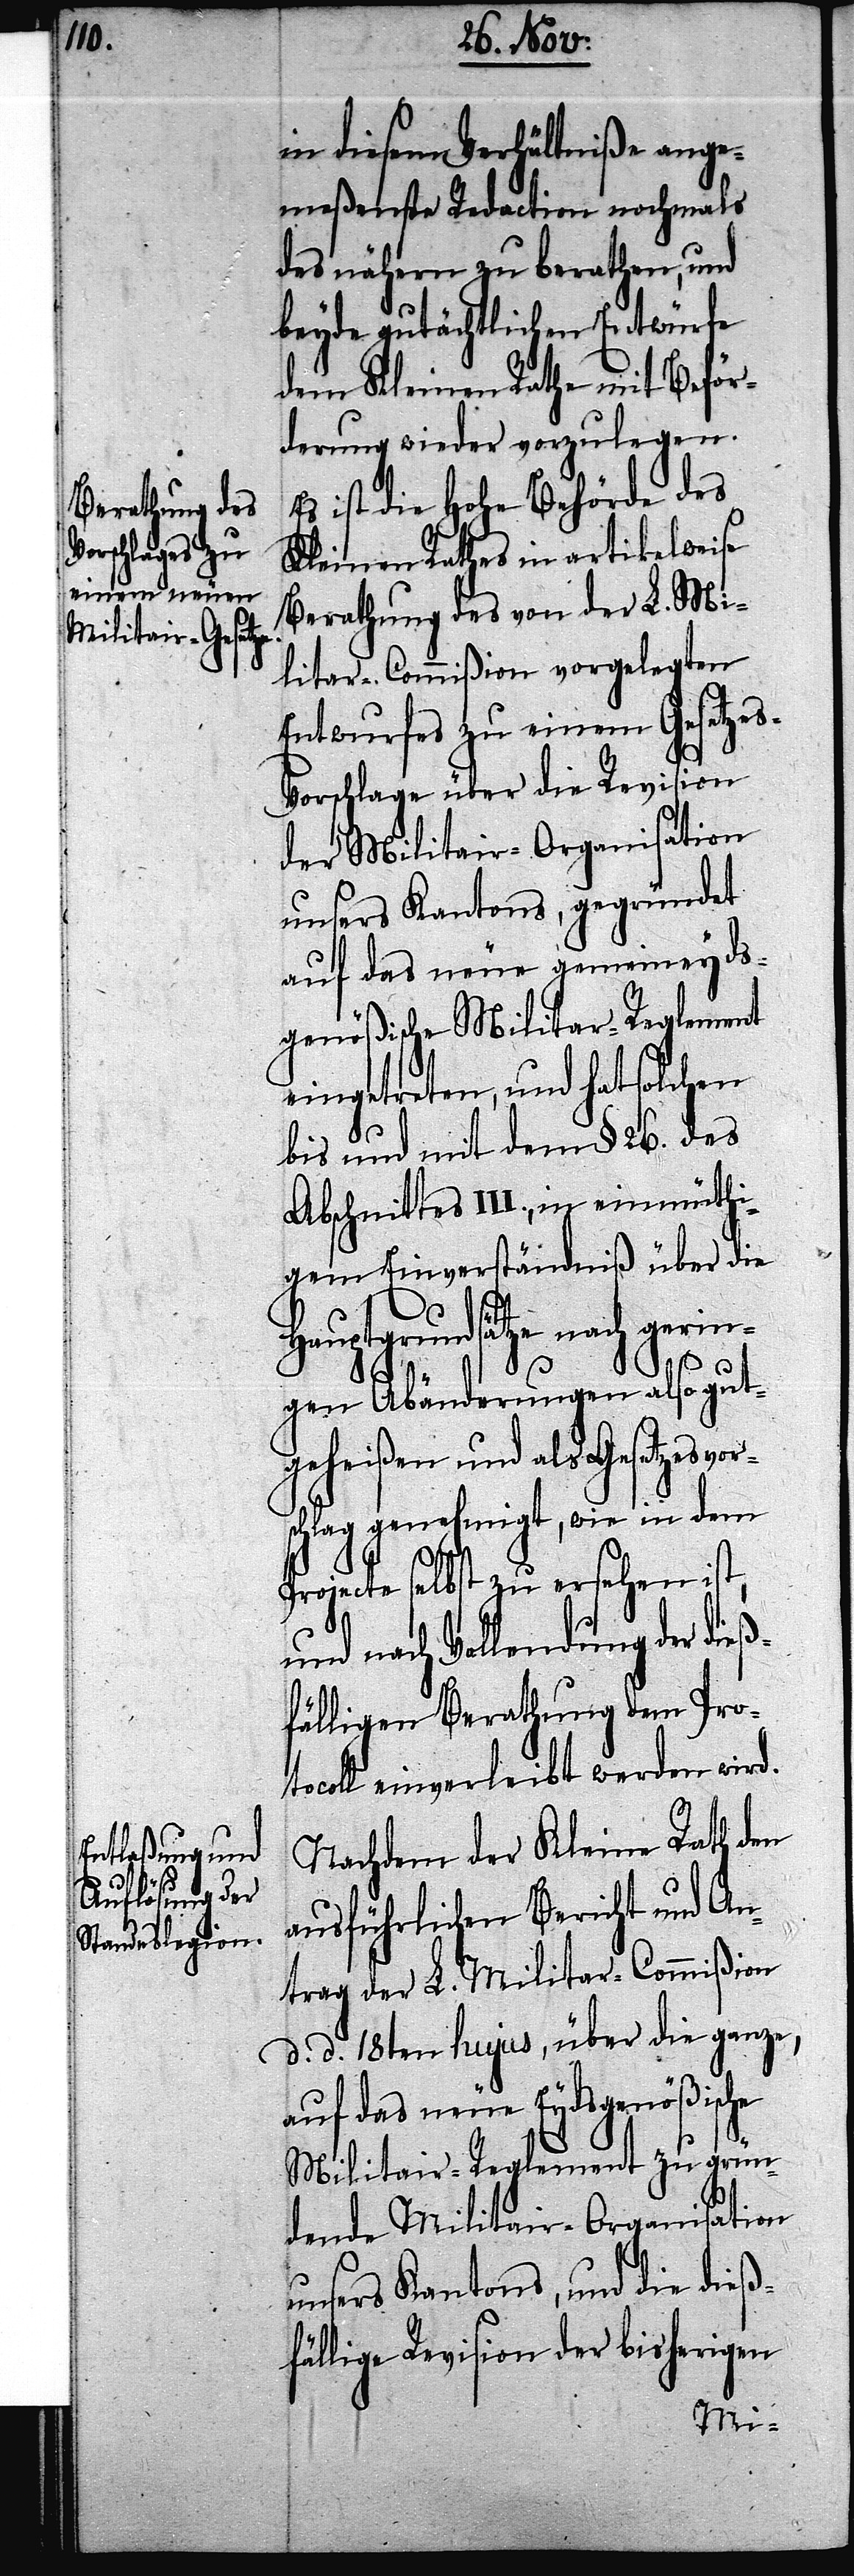
in diesem Verhältniße ange¬
meßenste Redaction nochmals
des nähern zu berathen, und
beyde gutächtlichen Entwürfe
dem Kleinen Rathe mit Beför¬
derung wieder vorzulegen.
Es ist die Hohe Behörde des
Kleinen Rathes in artikelweise
Berathung des von der L. Mi¬
litair-Commißion vorgelegten
Entwurfes zu einem Gesetze¬
orschlage über die Revision
der Militair-Organisation
unsers Kantons, gegründet
auf das neue gemeineyds¬
genößische Militar-Reglement
eingetreten, und hat solchen
bis und mit dem §. 26. des
Abschnittes III., in einmüthi¬
gem Einverständniß über die
P¬
Hauptgrundsätze nach gerin¬
gen Abänderungen also gut¬
geheißen und als Gesetzesvors¬
chlag genehmigt, wie in dem
rojecte selbst zu ersehen ist,
und nach Vollendung der dieß¬
fälligen Berathung dem Prot¬
ocoll einverleibt werden wird.
Nachdem der Kleine Rath den
ausführlichen Bericht und An¬
trag der L. Militar-Commißion
d. d. 18ten hujus, über die ganze,
auf das neue Eydsgenößische
Militair-Reglement zu grün¬
dende Militair-Organisation
unsers Kantons, und die dieß¬
fällige Revision der bisherigen